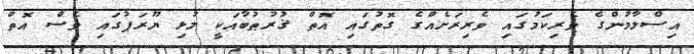
އިސްލާމުންގެ ވެރިކަމުގައި ވެރިރަށެއްގެ ގޮތުގައި އޮތް ޤުރުޠުބާއަކީ މުޅި ޔޫރަޕުގައި ވެސް އޮތް